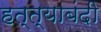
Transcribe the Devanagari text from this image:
हत्त्याबंदी